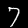
Digit: 7